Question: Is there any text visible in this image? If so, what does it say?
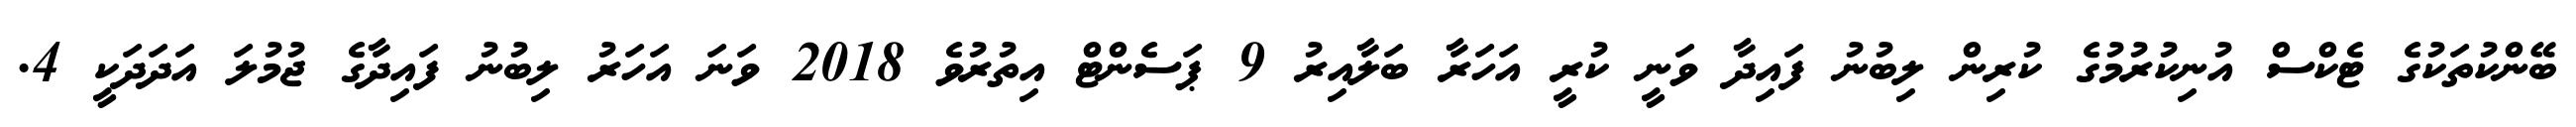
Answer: ބޭންކުތަކުގެ ޓެކްސް އުނިކުރުމުގެ ކުރިން ލިބުނު ފައިދާ ވަނީ ކުރީ އަހަރާ ބަލާއިރު 9 ޕަސެންޓް އިތުރުވެ 2018 ވަނަ އަހަރު ލިބުނު ފައިދާގެ ޖުމުލަ އަދަދަކީ 4.